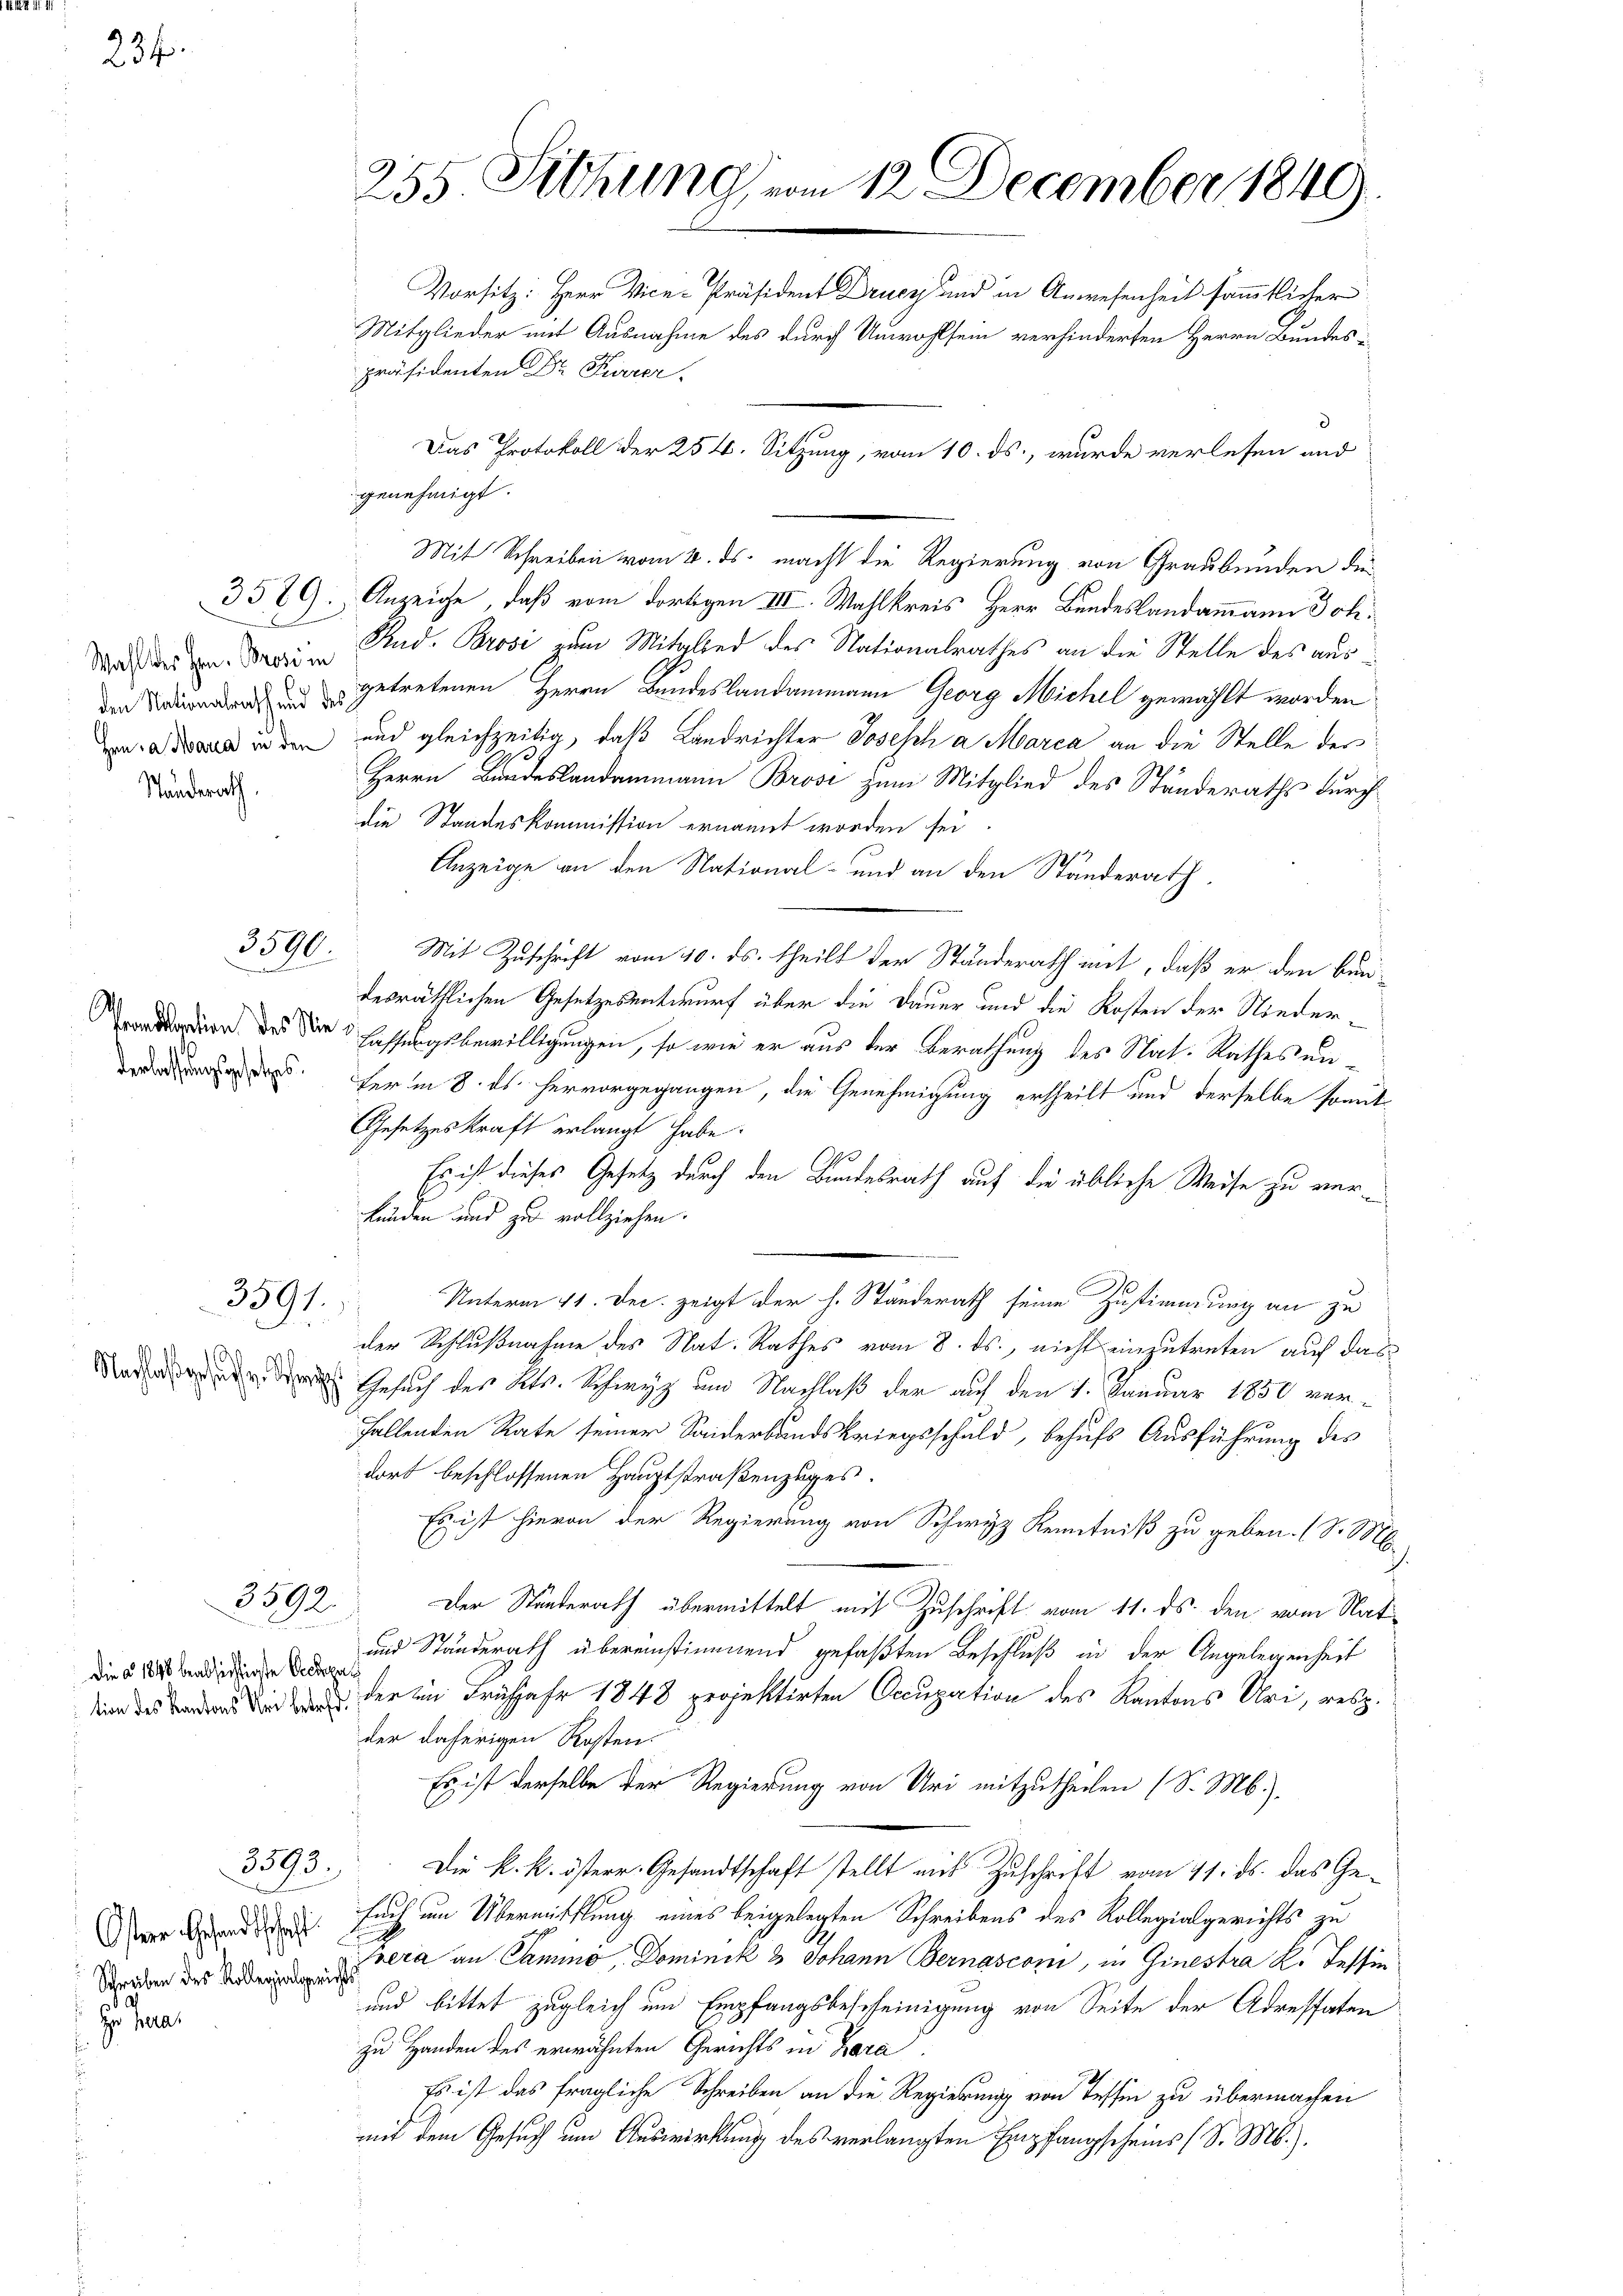
234.

3589.

Wahl des Hrn. Brosi in
den Nationalrath und des
Hrn. a. Maria in den
Standerath,

3590.
u

Prandation des Nie¬

3591.

1
Nachlaß gesuche Sch

3592.

Die a. 1848 beabsichtigste Occup
tion des Kantons Uri betref

3593.

Ostere Gesandtschaft
Schreiben des Kollegialger
z. Juni

255. Siehung vom 12. December 1849
Vorsitz: Herr Vice-Präsident Drucz und in Anwesenheit sämmtlicher
Mitglieder mit Ausnahme des durch Unwohlsein verhinderten Herrn Bundes u
präsidenten Dr. Furrer

genehmigt.
Mit Schreiben vom 4. ds. macht die Regierung von Graubünden die¬
Anzeige, daß vom dortigen III. Wahlkreis Herr Bundeslandammann Joh.
Rud. Brosi zum Mitglied des Nationalrathes an die Stelle des ausgetretenen Herrn Bundeslandammann Georg Michel gewählt worden
und gleichzeitig, daß Landrichter Joseph a Marca an die Stelle der
Herrn Bundeslandammann Brosi zum Mitglied des Ständeraths durch
die Standeskommission ernannt worden sei.
Anzeige an den National- und an den Standerath
Mit Zuschrift vom 10. ds. theilt der Stunderath mit, daß er den Bundesräthlichen Gesetzesentwurf über die Dauer und die Kosten der Nieder¬
Fassungsbewilligungen, so wie er aus der Berathung des Nat. Rathes un
Ferm 8. ds. hervorgegangen, die Genehmigung ertheilt und derselbe somit
Gesetzeskraft erlangt habe.
Es ist dieses Gesetz durch den Bundesrath auf die übliche Weise zu verkinden und zu vollziehen.
Unterm 11. Dec. zeigt der h. Ständerath seine Zustimmung an zu
der Schlußnahme des Nat. Rathes vom 8. ds., nicht einzutreten auf das
Gesuch des Kts. Schwyz um Nachlaß der auf den 1. Januar 1850 verfallenden Rate seiner Seiderbandskriegsschuld, behufs Ausführung des
dort beschlossenen Hauptstraßenzuges.
Es ist hievon der Regierung von Schwyz Kenntniß zu geben. (S. M.
Der Ständerath übermittelt mit Zuschrift vom 11. ds. den vom Nat
und Standerath übereinstimmend gefaßten Beschluß in der Angelegenheit
a
der in Frühjahr 1848 projektirten Occupation des Kantons Uri, resp.
der daherigen Kosten.
Es ist derselbe der Regierung von Uri mitzutheilen (S. M.).
Die k. k. österr. Gesandtschaft stellt mit Zuschrift vom 11. ds. das Ge¬
Euch um Übermittlung eines beigelegten Schreibens des Kollegialgerichts zu
vera an Samino, Dominik & Johann Bernasconi, in Ginestra K. Tessin
und bittet zugleich um Empfangsbescheinigung von Seite der Adressaten
zu Handen des erwähnten Gerichts in Zara
Es ist das fragliche Schreiben an die Regierung von Tessin zu übermachen
mit dem Gesuch um Auswirkung des verlangten Empfangscheins (S. M.).

Das Protokoll der 254. Sitzung, vom 10. ds., wurde verlesen und